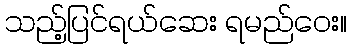
သည့်ပြင်ရယ်ဆေး ရမည်ဝေး။